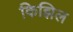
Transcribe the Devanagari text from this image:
किझिल